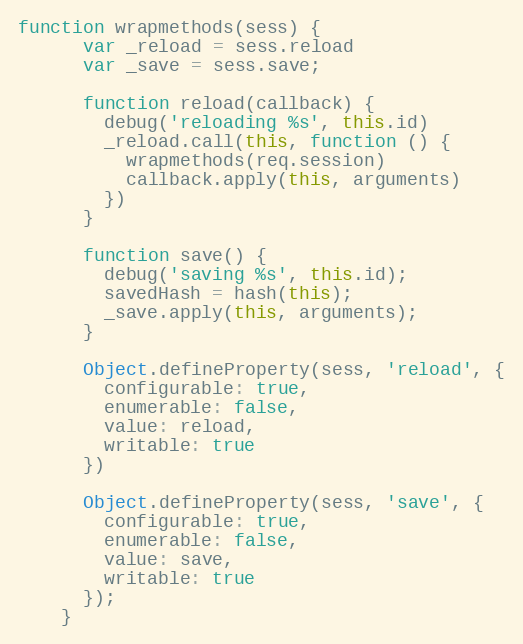
Language: JavaScript
function wrapmethods(sess) {
      var _reload = sess.reload
      var _save = sess.save;

      function reload(callback) {
        debug('reloading %s', this.id)
        _reload.call(this, function () {
          wrapmethods(req.session)
          callback.apply(this, arguments)
        })
      }

      function save() {
        debug('saving %s', this.id);
        savedHash = hash(this);
        _save.apply(this, arguments);
      }

      Object.defineProperty(sess, 'reload', {
        configurable: true,
        enumerable: false,
        value: reload,
        writable: true
      })

      Object.defineProperty(sess, 'save', {
        configurable: true,
        enumerable: false,
        value: save,
        writable: true
      });
    }